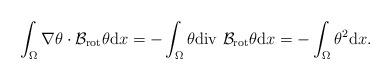
LaTeX: \begin{align*}\int_{\Omega} \nabla \theta \cdot \mathcal{B}_{\mathrm{rot}} \theta \mathrm{d} x= -\int_{\Omega} \theta \mathrm{div}\,\, \mathcal{B}_{\mathrm{rot}} \theta \mathrm{d} x= -\int_{\Omega} \theta^{2} \mathrm{d} x. \end{align*}